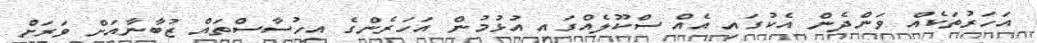
އަހަރުތަކެއް ވަންދެން އެކުގައި އެއް ސްކޫލެއްގައި އުޅުމުން އަހަރެންގެ އިހުސާސްތައް ޒުބާނާއަށް ވަރަށް